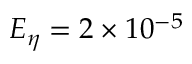
E _ { \eta } = 2 \times 1 0 ^ { - 5 }